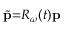
\widetilde { \mathbf { p } } { = } \ensuremath { R _ { \omega } } ( t ) \mathbf { p }